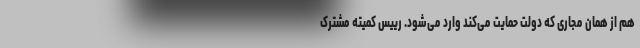
هم از همان مجاری که دولت حمایت می‌کند وارد می‌شود. رییس کمیته مشترک